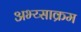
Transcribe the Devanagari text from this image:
अभ्य्साक्रम